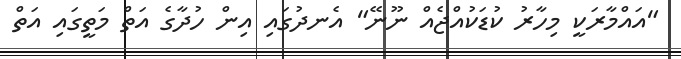
"އައްމާރަކީ މިހާރު ކުޑަކުއްޖެއް ނޫނޭ" އެނދުގައި އިން ހުދާގެ އަތް މަތީގައި އަތް